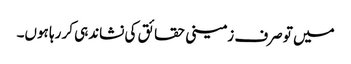
میں تو صرف زمینی حقائق کی نشاندہی کر رہا ہوں۔